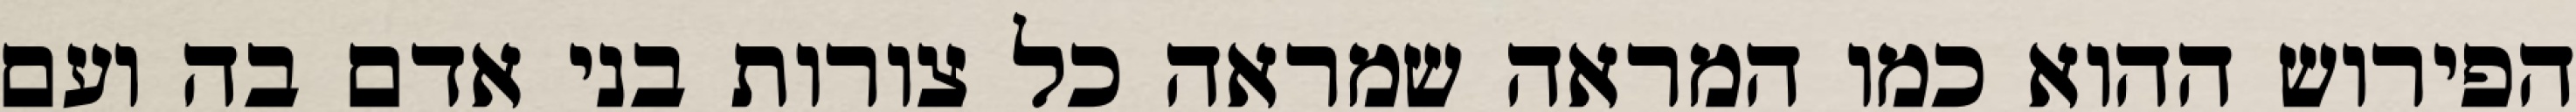
הפירוש ההוא כמו המראה שמראה כל צורות בני אדם בה ועם